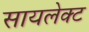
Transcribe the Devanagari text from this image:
सायलेक्ट